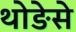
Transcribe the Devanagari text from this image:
थोङेसे